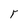
Character: r